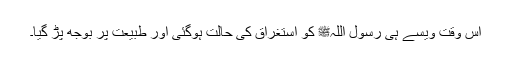
اس وقت ویسے ہی رسول اللہﷺ کو استغراق کی حالت ہوگئی اور طبیعت پر بوجھ پڑ گیا۔